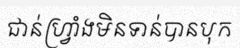
ជាន់ហ្វ្រាំងមិនទាន់បានបុក